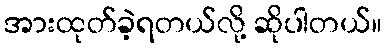
အားထုတ်ခဲ့ရတယ်လို့ ဆိုပါတယ်။